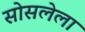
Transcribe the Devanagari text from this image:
सोसलेला